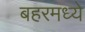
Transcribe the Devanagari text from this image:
बहरमध्ये